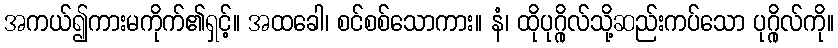
အကယ်၍ကားမကိုက်၏ရှင့်။ အထခေါ၊ စင်စစ်သောကား။ နံ၊ ထိုပုဂ္ဂိုလ်သို့ဆည်းကပ်သော ပုဂ္ဂိုလ်ကို။